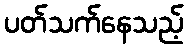
ပတ်သက်နေသည့်